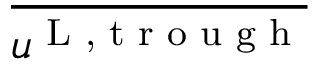
\overline { { u ^ { \textnormal { L , t r o u g h } } } }